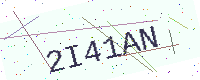
Text: 2I41AN